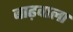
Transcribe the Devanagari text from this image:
बाढ़वाला